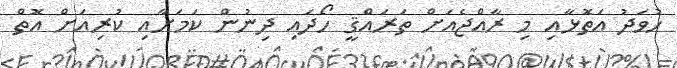
ހުވަދު އަތޮޅާއި މި ރާއްޖެއަށް ތަރައްޤީ ހޯދައި ދިނުން ކަމަށާއި ކުރިއަށް އޮތް